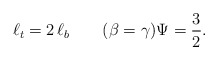
\begin{align*}\ell_t=2\,\ell_b \qquad(\beta=\gamma) \Psi=\frac{3}{2}.\end{align*}